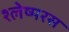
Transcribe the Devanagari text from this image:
श्लेष्मरस